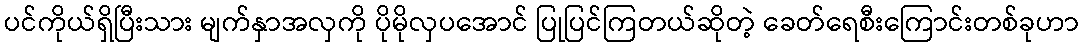
ပင်ကိုယ်ရှိပြီးသား မျက်နှာအလှကို ပိုမိုလှပအောင် ပြုပြင်ကြတယ်ဆိုတဲ့ ခေတ်ရေစီးကြောင်းတစ်ခုဟာ